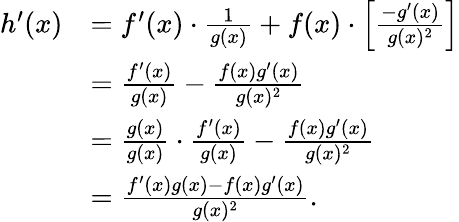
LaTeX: {\begin{array}{rl}{h^{\prime}(x)}&{=f^{\prime}(x)\cdot{\frac{1}{g(x)}}+f(x)\cdot\left[{\frac{-g^{\prime}(x)}{g(x)^{2}}}\right]}\\ &{={\frac{f^{\prime}(x)}{g(x)}}-{\frac{f(x)g^{\prime}(x)}{g(x)^{2}}}}\\ &{={\frac{g(x)}{g(x)}}\cdot{\frac{f^{\prime}(x)}{g(x)}}-{\frac{f(x)g^{\prime}(x)}{g(x)^{2}}}}\\ &{={\frac{f^{\prime}(x)g(x)-f(x)g^{\prime}(x)}{g(x)^{2}}}.}\end{array}}